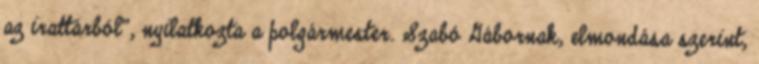
az irattárból", nyilatkozta a polgármester. Szabó Gábornak, elmondása szerint,